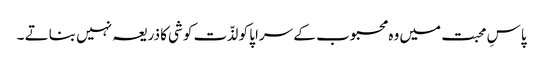
پاسِ محبت میں وہ محبوب کے سراپا کو لذّت کوشی کا ذریعہ نہیں بناتے ۔